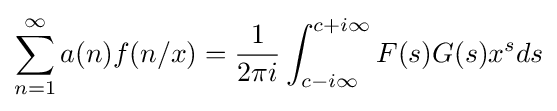
\sum _{n=1}^{\infty }a(n)f(n/x)={\frac {1}{2\pi i}}\int _{c-i\infty }^{c+i\infty }F(s)G(s)x^{s}ds